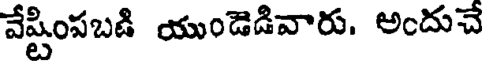
వేష్టింపబడి యుండెడివారు. అందుచే